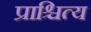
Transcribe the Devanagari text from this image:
प्राश्चित्य